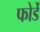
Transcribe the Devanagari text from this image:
फोर्डे